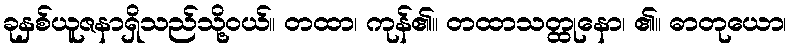
ခုနှစ်ယူဇနာရှိသည်သို့ဝယ်။ တထာ၊ ကုန်၏။ တထာသတ္ထုနော၊ ၏။ ဓာတုယော၊